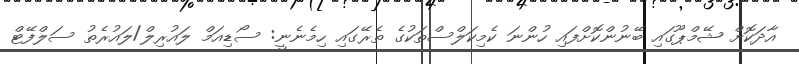
އާދަކޮށް ޝޭމްޕޫގައި ބޭނުންކޮށްފައި ހުންނަ ކެމިކަލްސްތަކުގެ ތެރޭގައި ހިމެނެނީ: ސޯޑިއަމް ލައުރިލް/ލައުރެތު ސަލްފޭޓް